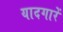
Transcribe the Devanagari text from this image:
यादगारें